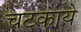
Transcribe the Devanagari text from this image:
चटकाये